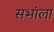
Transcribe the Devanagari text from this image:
सभांला